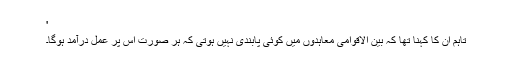
'
تاہم ان کا کہنا تھا کہ بین الاقوامی معاہدوں میں کوئی پابندی نہیں ہوتی کہ ہر صورت اس پر عمل درآمد ہوگا۔